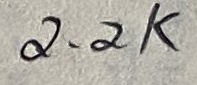
Text: 2.2K